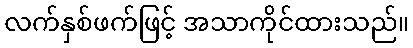
လက်နှစ်ဖက်ဖြင့် အသာကိုင်ထားသည်။